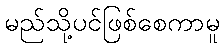
မည်သို့ပင်ဖြစ်စေကာမူ